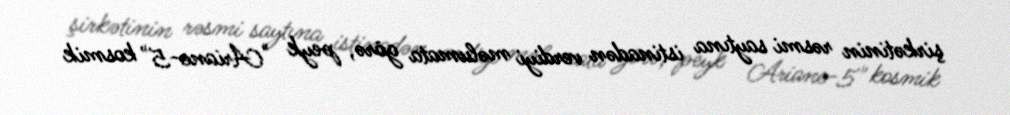
şirkətinin rəsmi saytına istinadən verdiyi məlumata görə, peyk "Ariane-5" kosmik